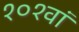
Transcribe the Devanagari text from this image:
१०१वां